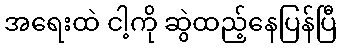
အရေးထဲ ငါ့ကို ဆွဲထည့်နေပြန်ပြီ